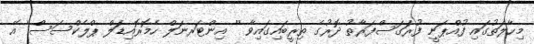
މިހާލަތުގައި ފުއްޕަނީ ފުރަގަސްފަރާތު ދޮރުގެ ތިރީބައިގައިވާ '' އިންޓަރނަލް ހެމޮރޮއިޑަލް ޕްލެކްސަސް'' އޭ